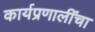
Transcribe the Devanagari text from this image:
कार्यप्रणालींचा